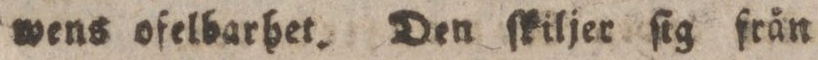
wens ofelbarhet. Den ſkiljer ſig från